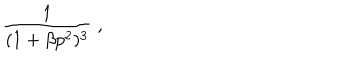
LaTeX: \frac { 1 } { ( 1 + \beta p ^ { 2 } ) ^ { 3 } } \; ,